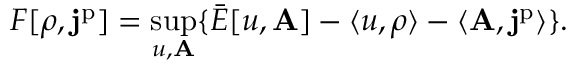
F [ \rho , \mathbf { j } ^ { \mathrm { p } } ] = \operatorname* { s u p } _ { u , \mathbf { A } } \{ \bar { E } [ u , \mathbf { A } ] - \langle u , \rho \rangle - \langle \mathbf { A } , \mathbf { j } ^ { \mathrm { p } } \rangle \} .